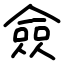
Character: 僉